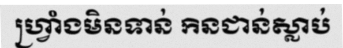
ហ្វ្រាំងមិនទាន់ កិនជាន់ស្លាប់